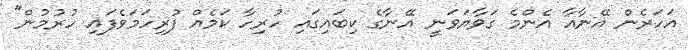
އަހަރެން އޭނާއާ އެންމެ ގަވާޔަވަނީ އޭނާގެ ކިބައިގައި ހުރިހާ ކަމެއް ފުރިހަމަވެފައި ހުރުމުން"